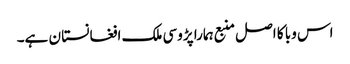
اس وبا کا اصل منبع ہمارا پڑوسی ملک افغانستا ن ہے۔